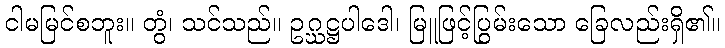
ငါမမြင်စဘူး။ တွံ၊ သင်သည်။ ဥဂ္ဃဋ္ဌပါဒေါ၊ မြူဖြင့်ပြွမ်းသော ခြေလည်းရှိ၏။